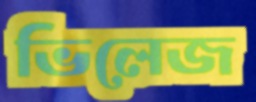
ভিলেজ